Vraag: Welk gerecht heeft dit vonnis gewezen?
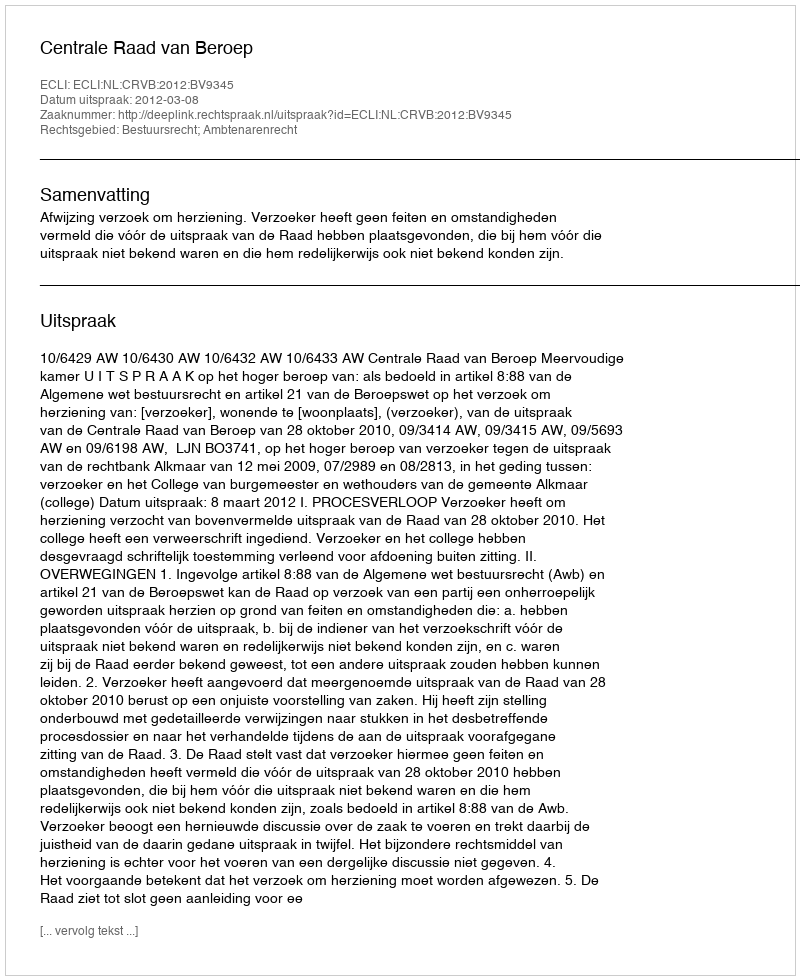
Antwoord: Centrale Raad van Beroep